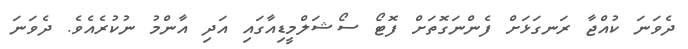
ދެވަނަ ކުއްޖާ ރަނގަޅަށް ފެންނަގޮތަށް ފޮޓޯ ސޯޝަލްމީޑިއާގައި އަދި އާންމު ނުކުރެއެވެ. ދެވަނަ